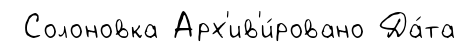
Солоновка Арх'ив'и́ровано Да́та